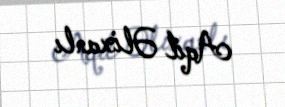
Aqil Əlixanlı